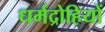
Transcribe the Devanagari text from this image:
धर्मद्रोहियों